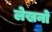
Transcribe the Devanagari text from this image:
लेखनो